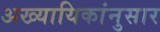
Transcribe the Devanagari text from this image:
अख्यायिकांनुसार